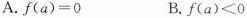
A.$$f ( a ) = 0$$ B.$$f ( a ) ＜ 0$$